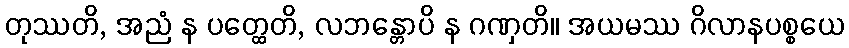
တုဿတိ, အညံ န ပတ္ထေတိ, လဘန္တောပိ န ဂဏှတိ။ အယမဿ ဂိလာနပစ္စယေ